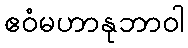
ဧဝံမဟာနုဘာဝါ